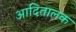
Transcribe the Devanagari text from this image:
आदितालक